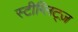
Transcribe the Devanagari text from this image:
स्टीग्लिट्ज़